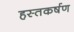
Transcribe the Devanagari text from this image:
हस्तकर्षण